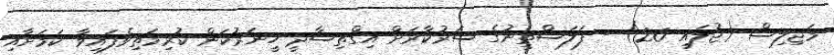
މަޖިލިސް (ޖުލައި 26) - ފަލަސްތީނުގެ ސަރުކާރަށް އިގްތިސާދީ ހީނަރުކަން ކުރިމަތިވެފައިވާ ކަމަށާއި